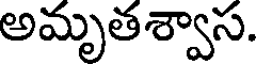
అమృతశ్వాస.